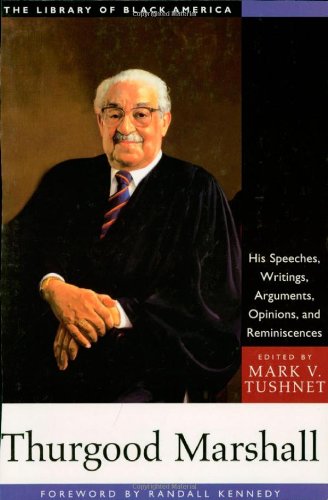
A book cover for Thurgood Marshall: His Speeches, Writings, Arguments, Opinions, and Reminiscences (The Library of Black America series); Law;